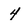
Character: 4